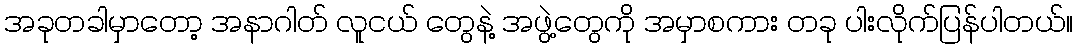
အခုတခါမှာတော့ အနာဂါတ် လူငယ် တွေနဲ့ အဖွဲ့တွေကို အမှာစကား တခု ပါးလိုက်ပြန်ပါတယ်။